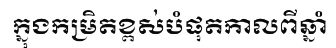
ក្នុងកម្រិតខ្ពស់បំផុតកាលពីឆ្នាំ